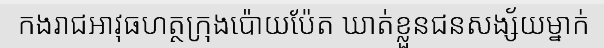
កងរាជអាវុធហត្ថក្រុងប៉ោយប៉ែត ឃាត់ខ្លួនជនសង្ស័យម្នាក់